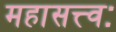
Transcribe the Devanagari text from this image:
महासत्त्वः